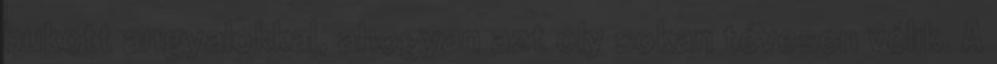
bukott angyalokkal, ahogyan azt oly sokan tévesen vélik. A